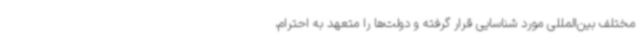
مختلف بین‌المللی مورد شناسایی قرار گرفته و دولت‌ها را متعهد به احترام،